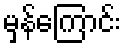
မှန်ကြောင်း